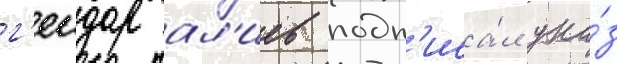
г'еидар ал'иев подп'иса́л ука́з